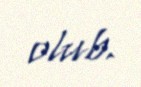
olub.